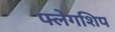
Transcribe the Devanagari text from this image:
फ्लेगशिप